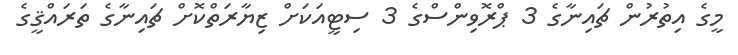
މީގެ އިތުރުން ޗައިނާގެ 3 ޕްރޮވިންސްގެ 3 ސިޓީއަކަށް ޒިޔާރަތްކޮށް ޗައިނާގެ ތަރައްޤީގެ